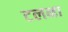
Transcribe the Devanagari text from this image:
टलना